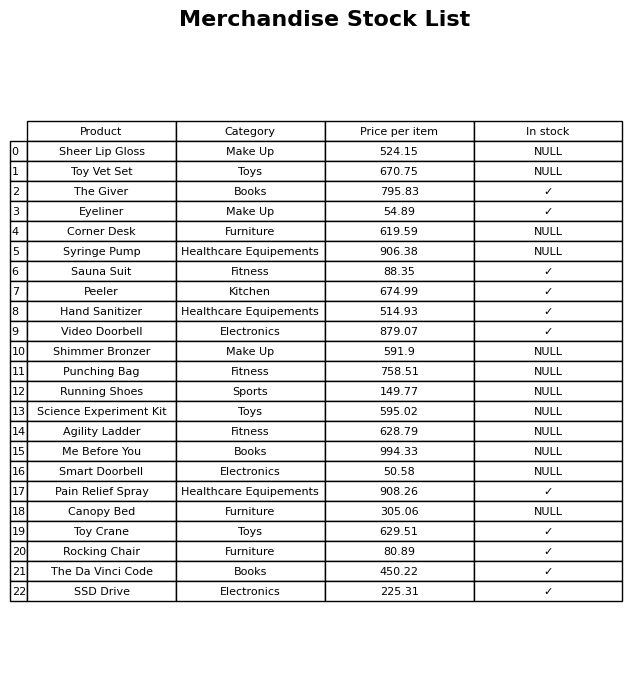
question: What is the price of the Me Before You?
answer: The price of Me Before You is 994.33.